Vana-Antsla_vallavalitsus, lk 41
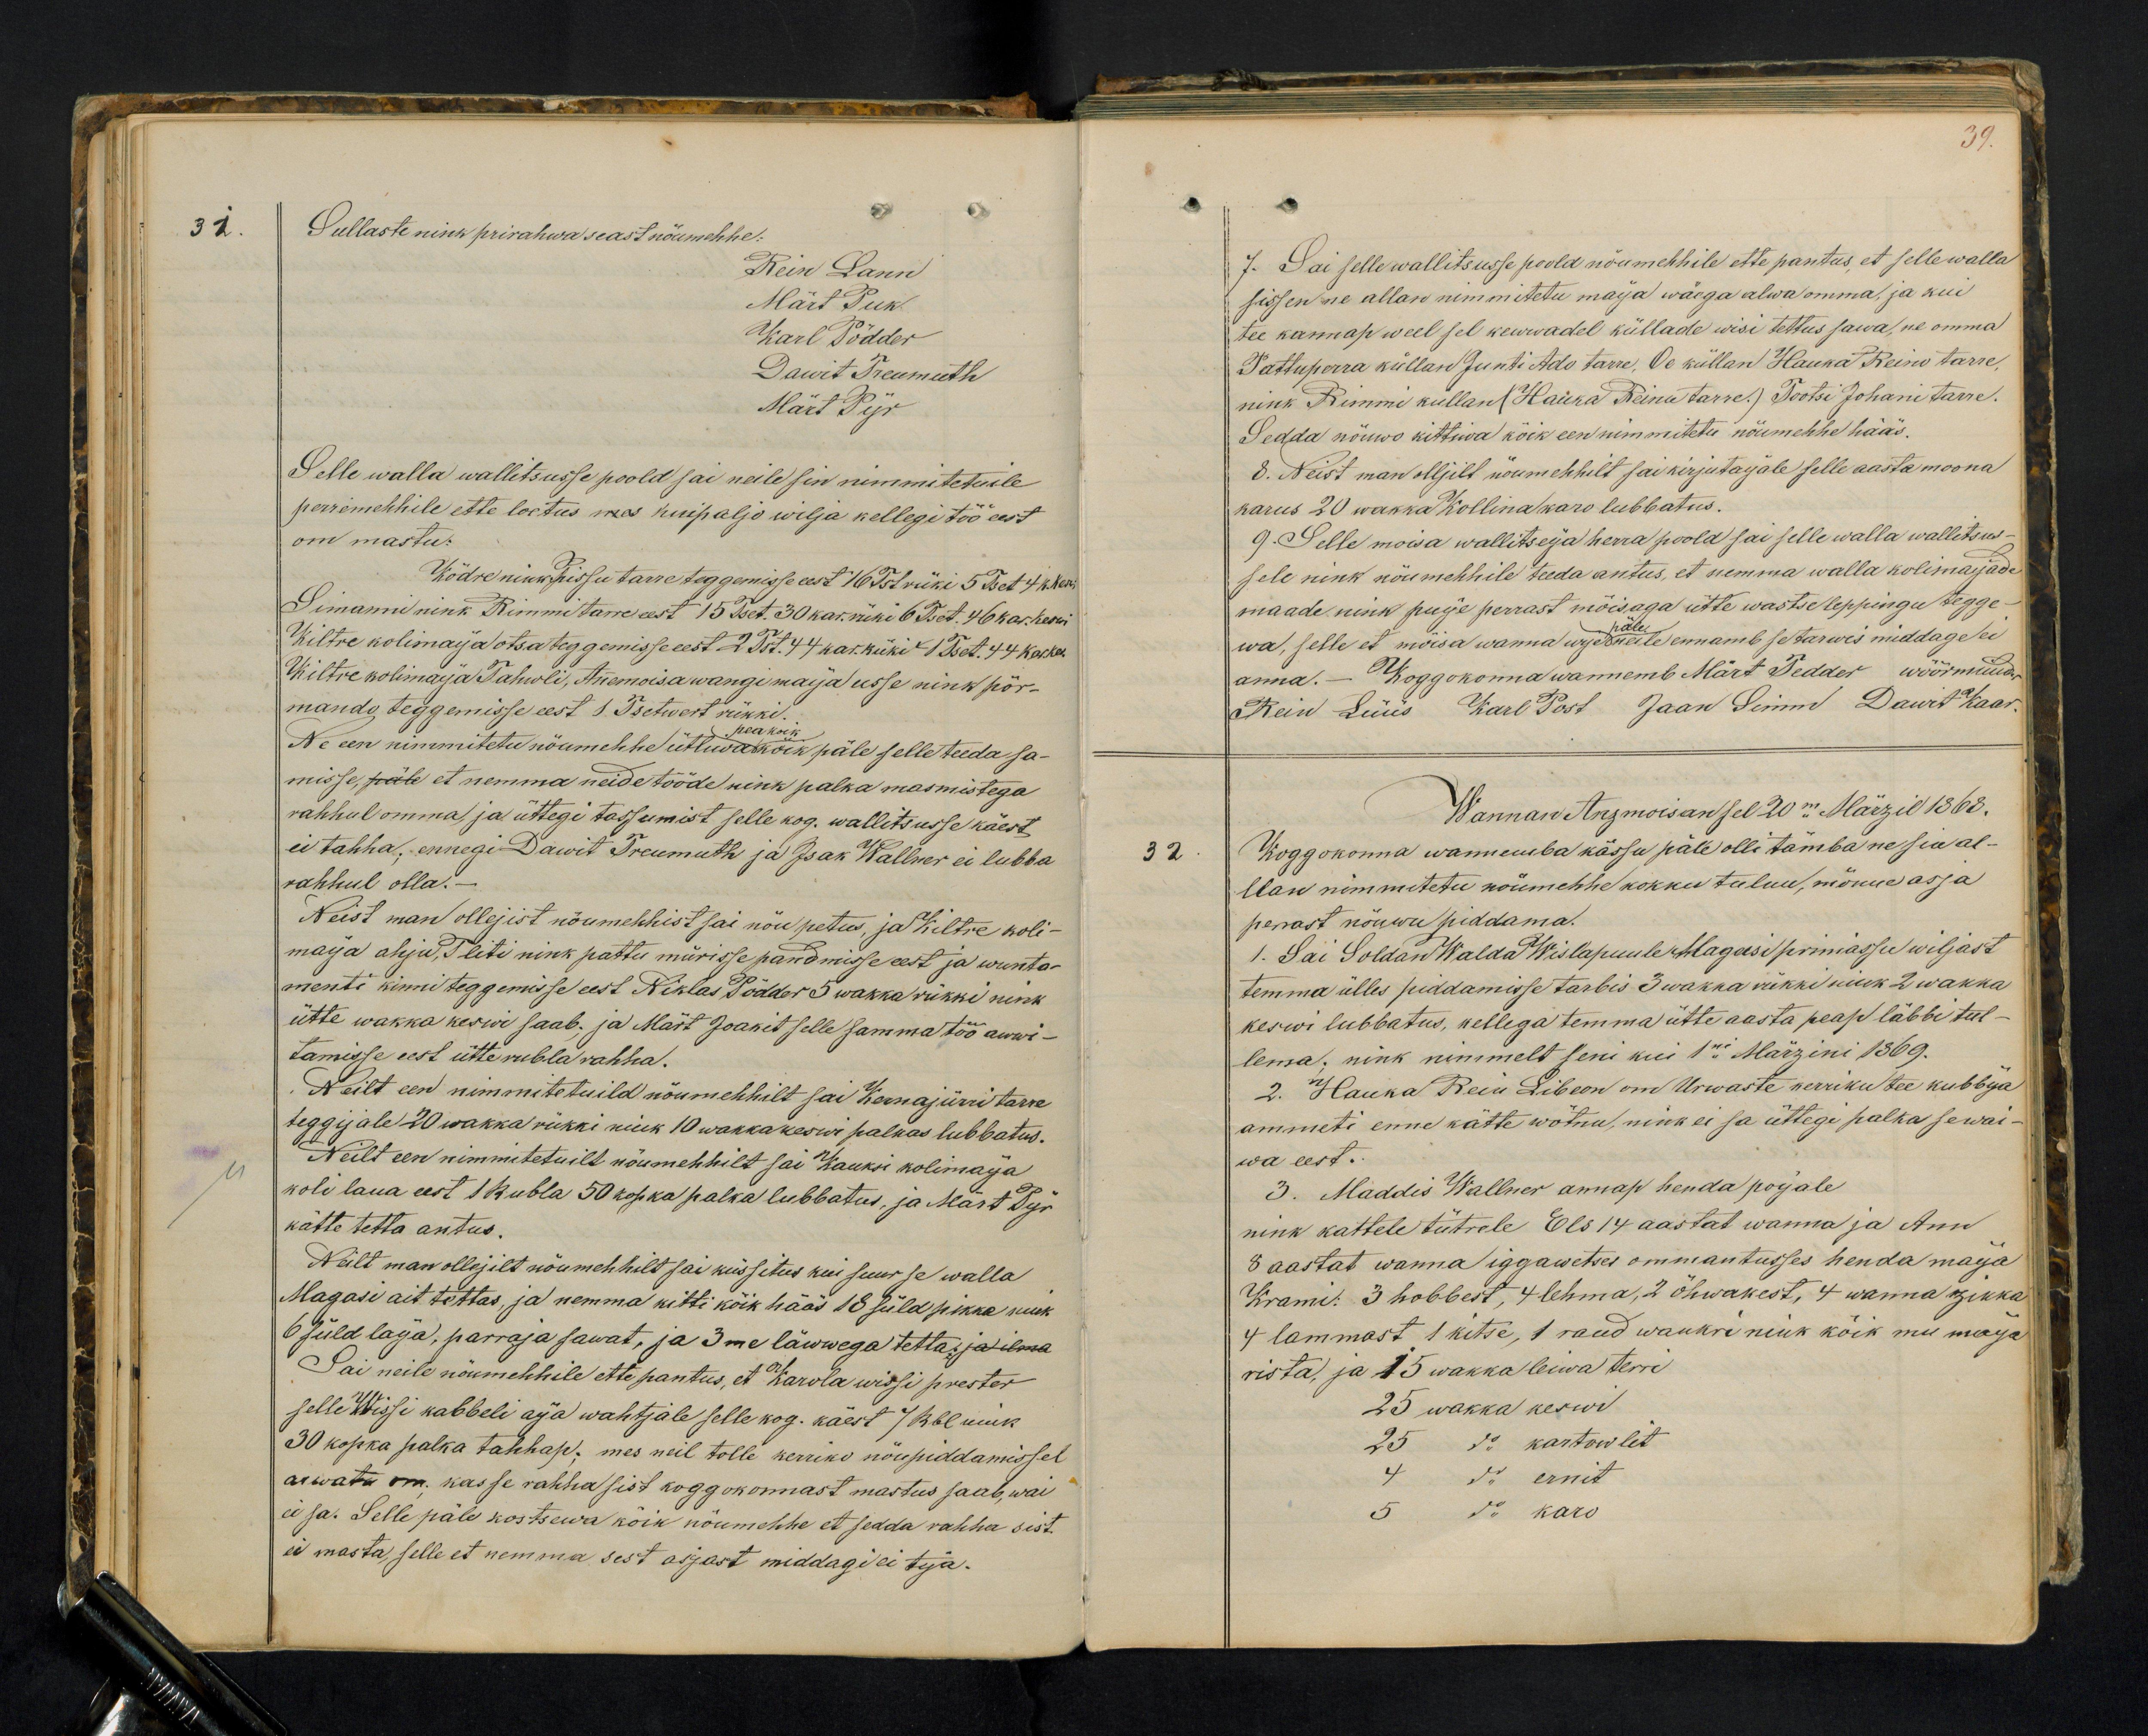
39.

Sullaste nink prirahwa seast nöumehhe:
Rein Lann
Märt Puk
Karl Pödder
Dawit Treumuth
Mart Pijr
Selle walla wallitsusse poold sai neile sin nimmitetuile
perremehhile ette loetus mees kui paljo wilja kellegi töö eest
om mastu:
Ködre nink Pissu tarre teggemisse eest 16 Tst rüki 5 Tset 4 k. keswi
Simanni nink Rimmi tarre eest 15 Tset. 30 kar. rüki 6 Tset. 46 kar. keswi
Kiltre kolimaija otsa teggemisse eest 2 Tst. 44 kar. rüki 1 Tset. 44 kar. kes.
Kiltre kolimaija Tahwli, Anemoisa wangimaija usse nink pör-
mando teggemisse eest 1. Tsetwert rükki.
Ne een nimmitetu nöumehhe ütlewa kõik päle selle teeda sa-
misse, päle et nemma neide tööde nink palka masmistega
rahhul omma, ja üttegi tassumist selle kog. wallitsusse käest
ei tahha, ennegi Dawit Treumuth ja Isak Wallner ei lubba
rahhul olla.
Neist man ollejist nöumehhist sai nöu petus, ja Kiltre koli-
maija ahju, Pliti nink pattu mürisse pandmisse eest ja wunta-
menti kinni teggemisse eest Niklas Põdder 5 wakka rükki nink
ütte wakka keswi saab, ja Märt Joakit selle samma töö awwi-
tamisse eest ütte rubla rahha.
Neilt een nimmitetuild nõumehhilt sai Kernajürri tarre
teggijale 20 wakka rükki nink 10 wakka keswi palkas lubbatus.
Neilt een nimmitetuilt nõumehhilt sai Kauksi kolimaija
kätte tetta antus.
koli laua eest 1 Rubla 50 kopka palka lubbatus, ja Märt Pijr
Neilt man ollejilt nõumehhilt sai küssitus kui suur se walla
Magasi ait tettas, ja nemma kitti köik hääs 18 süld pikka nink
6 süld laija, parraja sawat, ja 3me läwwega tetta ja ilma
Sai neile nõumehhile ette pantus, et Karola wissi prester
selle Wissi kabbeli aija wahtjale selle kog. käest 7 Rbl nink
30 kopka palka tahhap, mes neil tolle kerriko nöupidamissel
arwata om. kas se rahha sist koggokonnast mastus saab, wai
ei sa. Selle päle kostsewa kõik nõumehhe et sedda rahha sist
ei masta, selle et nemma sest asjast middagi ei tija.

7. Sai selle wallitsusse poold nöumehhile ette pantus, et selle walla
sissen ne allan nimmitetu maija wäega alwa omma, ja kui
tee kannap weel sel kewwadel küllade wisi tettus sawa, ne omma
Pattuperra küllan Junti Ado tarre, Oe küllan Hauka Reino tarre,
nink Rimmi küllan (Hauka Reinu tarre.) Tootsi Johani tarre.
Sedda nõuwo kittiwa köik een nimmitetu nöumehhe hääs.
8. Neist man olljilt nöumehhelt sai kirjutaijale selle aasta moona
karus 20 wakka Kollina karo lubbatus.
9. Selle moisa wallitseja herra poold sai selle walla wallitsus-
sele nink nöumehhhile teeda antus, et nemma walla kolimaijade
maade nink puije perrast möisaga ütte wastse leppingu tegge-
wa, selle et möisa wanna urje päle neile ennamb se tarwis middage ei
anna. Koggokonna wannemb Märt Tedder wöörmünder
Rein Lüüs Karl Post Jaan Simm Dawit Kaar
Wannan Anzmoisan sel 20mal Märzil 1868.
32
Koggokonna wannemba kässu päle olli tämba ne sia al-
llan nimmitetu nöumehhe kokku tulnu, mönne asja
perrast nöuwu piddama.
1. Sai Soldan Walda Wislapuule Magasi primasse wiljast
temma ülles piddamisse tarbis 3 wakka rükki nink 2 wakka
keswi lubbatus, kellega temma ütte aasta pease läbbi tul-
lema, nink nimmelt seni kui 1ni Märzini 1869.
2. Hauka Rein Libeon om Urwaste kerriku tee kubbija
ammeti enne kätte wötnu, nink ei sa üttegi palka se wai-
wa eest.
3. Maddis Wallner annap henda poijale
nink kattele tütrele Els 14 aastat wanna ja Ann
3 aastat wanna iggawetses ommantusses henda maija
Krami: 3 hobbest, 4 lehma, 2 öhwakest, 4 wanna zikka
4 lammast 1 kitse, 1 raud wankri nink köik mu maija
rista, ja 15 wakka leiwa terri
15 wakka keswi
25 do kartowlit
4 do ernit
5 do karo

31